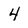
Character: 4